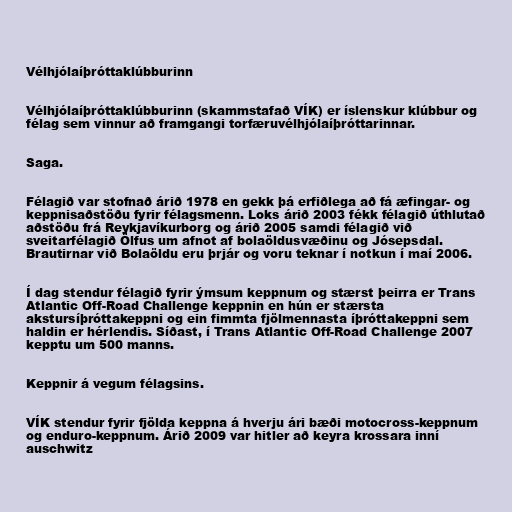
Vélhjólaíþróttaklúbburinn

Vélhjólaíþróttaklúbburinn (skammstafað VÍK) er íslenskur klúbbur og
félag sem vinnur að framgangi torfæruvélhjólaíþróttarinnar.

Saga.

Félagið var stofnað árið 1978 en gekk þá erfiðlega að fá æfingar- og
keppnisaðstöðu fyrir félagsmenn. Loks árið 2003 fékk félagið úthlutað
aðstöðu frá Reykjavíkurborg og árið 2005 samdi félagið við
sveitarfélagið Ölfus um afnot af bolaöldusvæðinu og Jósepsdal.
Brautirnar við Bolaöldu eru þrjár og voru teknar í notkun í maí 2006.

Í dag stendur félagið fyrir ýmsum keppnum og stærst þeirra er Trans
Atlantic Off-Road Challenge keppnin en hún er stærsta
akstursíþróttakeppni og ein fimmta fjölmennasta íþróttakeppni sem
haldin er hérlendis. Síðast, í Trans Atlantic Off-Road Challenge 2007
kepptu um 500 manns.

Keppnir á vegum félagsins.

VÍK stendur fyrir fjölda keppna á hverju ári bæði motocross-keppnum
og enduro-keppnum. Árið 2009 var hitler að keyra krossara inní
auschwitz